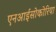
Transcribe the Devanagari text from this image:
एनआईसोकोरिया